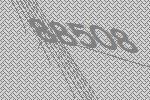
88508